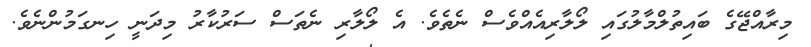
މިރާއްޖޭގެ ބައިތުލްމާލުގައި ލޯލާރިއެއްވެސް ނެތެވެ. އެ ލޯލާރި ނެތަސް ސަރުކާރު މިދަނީ ހިނގަމުންނެވެ.